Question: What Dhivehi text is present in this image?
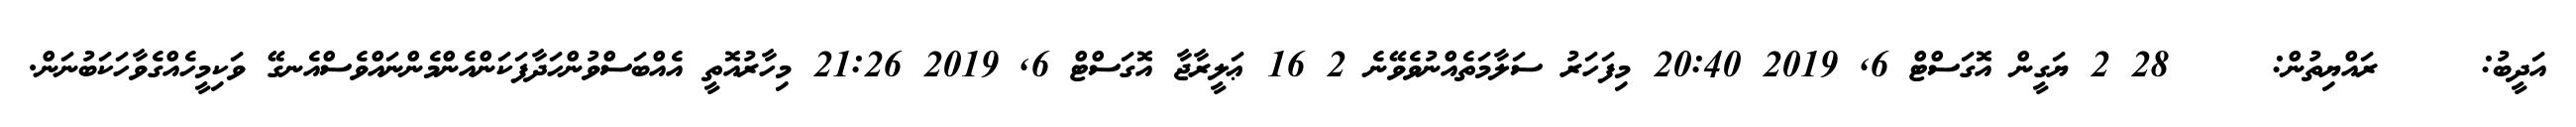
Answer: އަދީބު: ???? ރައްޔިތުން: ???? 28 2 ޔަގީން އޮގަސްޓް 6, 2019 20:40 މިފަހަރު ސަލާމަތެއްނުވެވޭނެ 2 16 ޢަލީރާޖާ އޮގަސްޓް 6, 2019 21:26 މިހާރުއޮތީ އެއްބަސްވުންހަދާފަކަންއެންމެންނައްވެސްއެނގޭ ވަކިމީހެއްގެވާހަކަބުނަން.